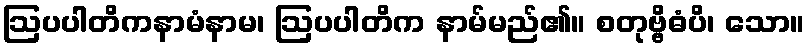
ဩပပါတိကနာမံနာမ၊ ဩပပါတိက နာမ်မည်၏။ စတုဗ္ဗိဓံပိ၊ သော။